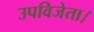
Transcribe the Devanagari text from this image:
उपविजेता।